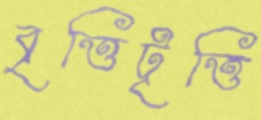
বৃত্তিটৃত্তি